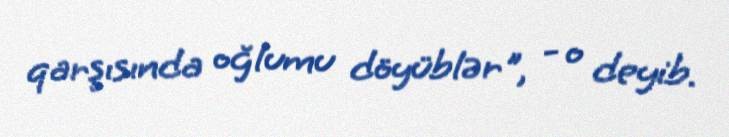
qarşısında oğlumu döyüblər", - o deyib.